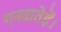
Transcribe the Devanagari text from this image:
गनवातेहें।